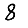
Digit: 8